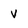
Character: V